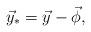
LaTeX: \begin{align*}\vec y_*=\vec y -\vec \phi,\end{align*}